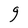
Character: g